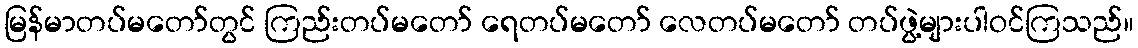
မြန်မာတပ်မတော်တွင် ကြည်းတပ်မတော် ရေတပ်မတော် လေတပ်မတော် တပ်ဖွဲ့များပါဝင်ကြသည်။